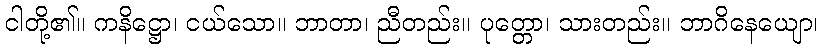
ငါတို့၏။ ကနိဋ္ဌော၊ ငယ်သော။ ဘာတာ၊ ညီတည်း။ ပုတ္တော၊ သားတည်း။ ဘာဂိနေယျော၊